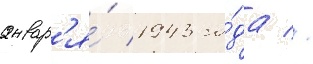
январ'я́ 1943 го́да //